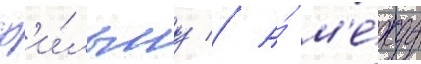
ф'и́льму // А́ м'е́жду